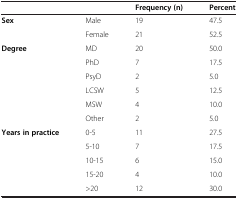
<table><thead><tr><td colspan="2"><b> </b></td><td><b>Frequency (n)</b></td><td><b>Percent</b></td></tr></thead><tbody><tr><td rowspan="2"><b>Sex</b></td><td>Male</td><td>19</td><td>47.5</td></tr><tr><td>Female</td><td>21</td><td>52.5</td></tr><tr><td rowspan="6"><b>Degree</b></td><td>MD</td><td>20</td><td>50.0</td></tr><tr><td>PhD</td><td>7</td><td>17.5</td></tr><tr><td>PsyD</td><td>2</td><td>5.0</td></tr><tr><td>LCSW</td><td>5</td><td>12.5</td></tr><tr><td>MSW</td><td>4</td><td>10.0</td></tr><tr><td>Other</td><td>2</td><td>5.0</td></tr><tr><td rowspan="4"><b>Years in practice</b></td><td>0-5</td><td>11</td><td>27.5</td></tr><tr><td>5-10</td><td>7</td><td>17.5</td></tr><tr><td>10-15</td><td>6</td><td>15.0</td></tr><tr><td>15-20</td><td>4</td><td>10.0</td></tr><tr><td> </td><td>&gt;20</td><td>12</td><td>30.0</td></tr></tbody></table>